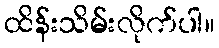
ထိန်းသိမ်းလိုက်ပါ။